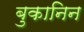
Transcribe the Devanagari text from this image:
बुकानिन